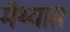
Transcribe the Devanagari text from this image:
मॅथ्यास